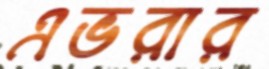
এভরার